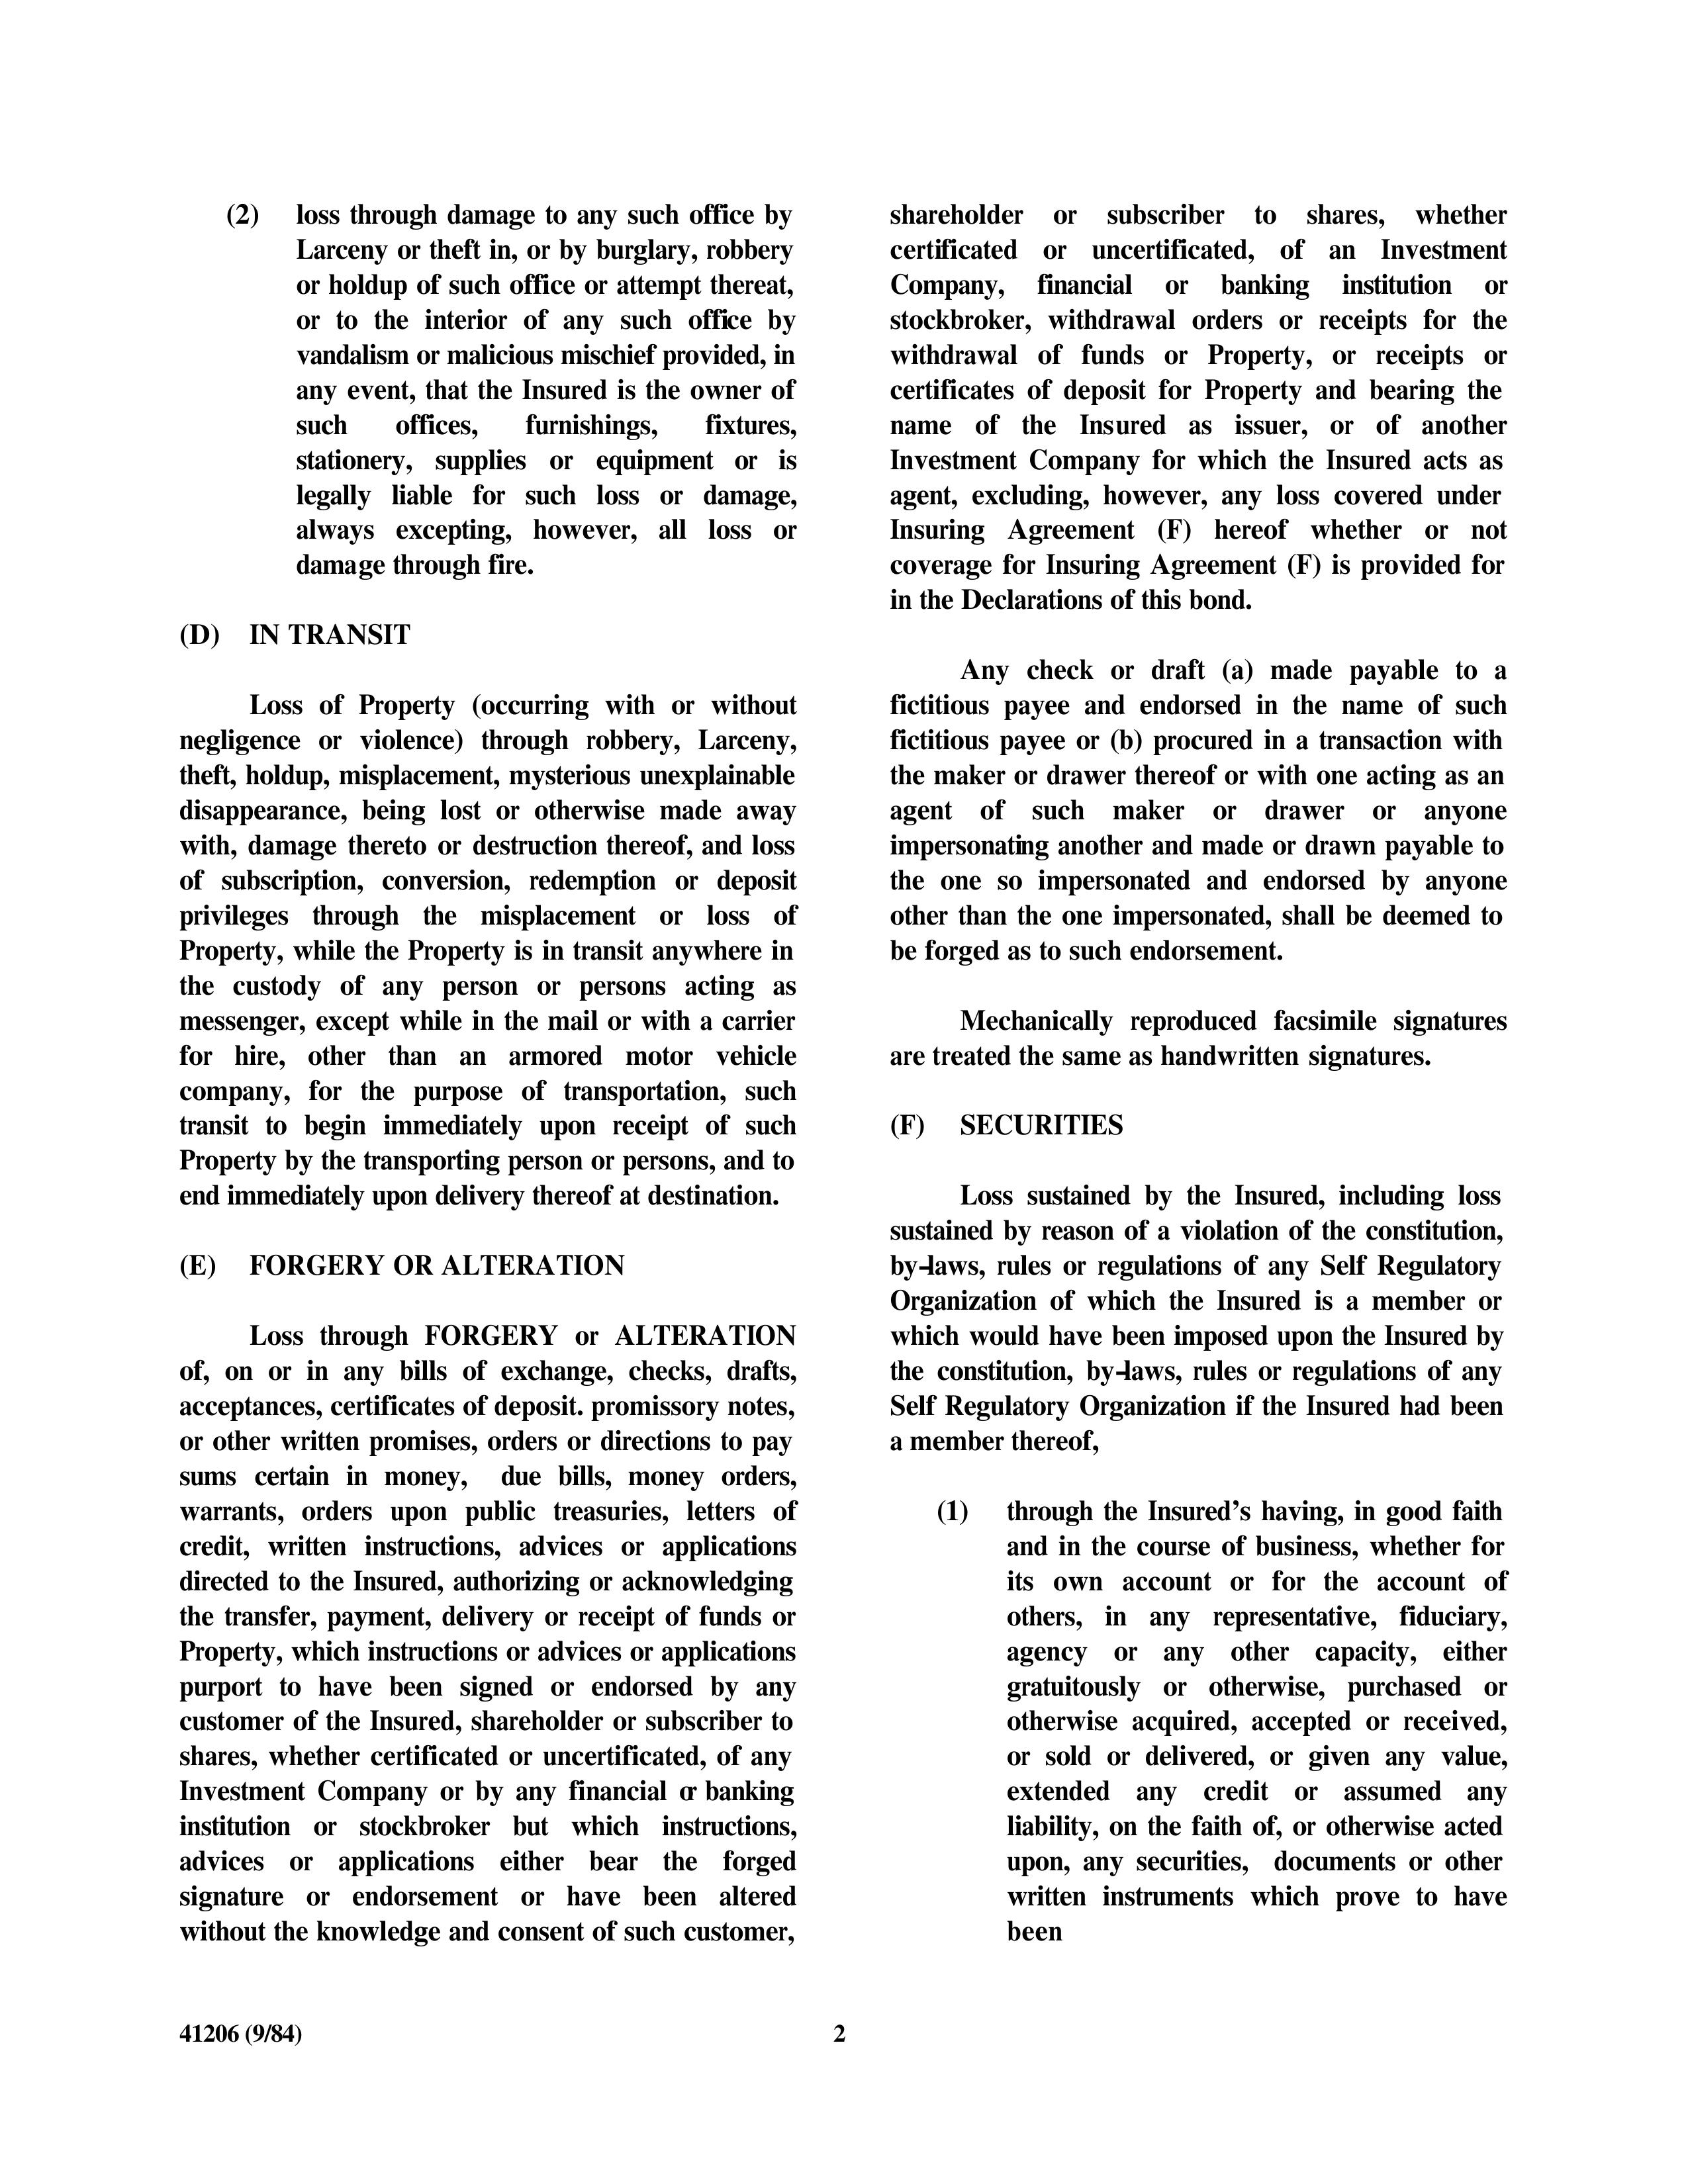
(2) loss through damage to any such office by
Larceny or theft in, or by burglary, robbery
or holdup of such office or attempt thereat,
or to the interior of any such office by
vandalism or malicious mischief provided, in
any event, that the Insured is the owner of
such offices, furnishings, fixtures,
stationery, supplies or equipment or is
legally liable for such loss or damage,
always excepting, however, all loss or
damage through fire.

(D) IN TRANSIT

Loss of Property (occurring with or without
negligence or violence) through robbery, Larceny,
theft, holdup, misplacement, mysterious unexplainable
disappearance, being lost or otherwise made away
with, damage thereto or destruction thereof, and loss
of subscription, conversion, redemption or deposit
privileges through the misplacement or loss of
Property, while the Property is in transit anywhere in
the custody of any person or persons acting as
messenger, except while in the mail or with a carrier
for hire, other than an armored motor vehicle
company, for the purpose of transportation, such
transit to begin immediately upon receipt of such
Property by the transporting person or persons, and to
end immediately upon delivery thereof at destination.

(E) FORGERY OR ALTERATION

Loss through FORGERY or ALTERATION
of, on or in any bills of exchange, checks, drafts,
acceptances, certificates of deposit. promissory notes,
or other written promises, orders or directions to pay
sums certain in money, due bills, money orders,
warrants, orders upon public treasuries, letters of
credit, written instructions, advices or applications
directed to the Insured, authorizing or acknowledging
the transfer, payment, delivery or receipt of funds or
Property, which instructions or advices or applications
purport to have been signed or endorsed by any
customer of the Insured, shareholder or subscriber to
shares, whether certificated or uncertificated, of any
Investment Company or by any financial or banking
institution or stockbroker but which instructions,
advices or applications either bear the forged
signature or endorsement or have been altered
without the knowledge and consent of such customer,

41206 (9/84)

shareholder or subscriber to shares, whether
certificated or uncertificated, of an Investment
Company, financial or banking institution or
stockbroker, withdrawal orders or receipts for the
withdrawal of funds or Property, or receipts or
certificates of deposit for Property and bearing the
name of the Insured as issuer, or of another
Investment Company for which the Insured acts as
agent, excluding, however, any loss covered under
Insuring Agreement (F) hereof whether or not
coverage for Insuring Agreement (F) is provided for
in the Declarations of this bond.

Any check or draft (a) made payable to a
fictitious payee and endorsed in the name of such
fictitious payee or (b) procured in a transaction with
the maker or drawer thereof or with one acting as an
agent of such maker or drawer or anyone
impersonating another and made or drawn payable to
the one so impersonated and endorsed by anyone
other than the one impersonated, shall be deemed to
be forged as to such endorsement.

Mechanically reproduced facsimile signatures
are treated the same as handwritten signatures.

(F) SECURITIES

Loss sustained by the Insured, including loss
sustained by reason of a violation of the constitution,
by-laws, rules or regulations of any Self Regulatory
Organization of which the Insured is a member or
which would have been imposed upon the Insured by
the constitution, by-laws, rules or regulations of any
Self Regulatory Organization if the Insured had been
a member thereof,

(1) through the Insured’s having, in good faith
and in the course of business, whether for
its own account or for the account of
others, in any representative, fiduciary,
agency or any other capacity, either
gratuitously or otherwise, purchased or
otherwise acquired, accepted or received,
or sold or delivered, or given any value,
extended any credit or assumed any
liability, on the faith of, or otherwise acted
upon, any securities, documents or other
written instruments which prove to have
been